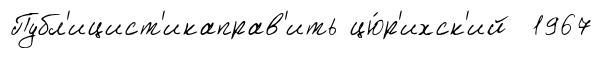
Публ'ицист'икаправ'ить цю́р'ихск'ий 1967